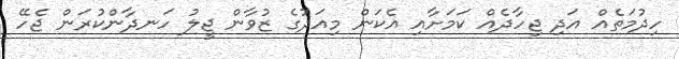
ހިދުމަތެއް އަދި ޖިހާދެއް ކަމަށާއި އެކަން މިއަދުގެ ޒުވާން ޖީލު ހަނދާންކުރަން ޖެހޭ